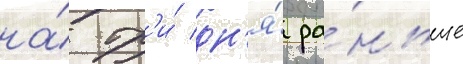
на́ тр'и́ дн'я́ ра́ньше